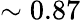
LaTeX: \sim 0.87